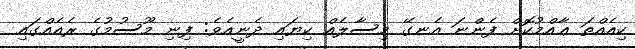
ކިއެއްތަ ޢާއްމުކޮށް ފެންނަ އެނގޭ މިސާލެއް ކިޔައި ދެނީއެވެ: ފިނި މޫސުމުގެ ރެއެއްގައި